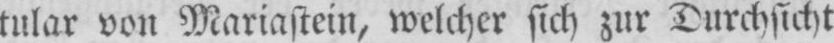
tular von Mariastein, welcher sich zur Durchsicht